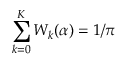
\sum _ { k = 0 } ^ { K } W _ { k } ( \alpha ) = 1 / \pi